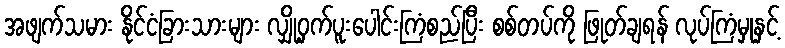
အဖျက်သမား နိုင်ငံခြားသားများ လျှို့ဝှက်ပူးပေါင်းကြံစည်ပြီး စစ်တပ်ကို ဖြုတ်ချရန် လုပ်ကြံမှုနှင့်